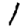
Digit: 1